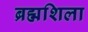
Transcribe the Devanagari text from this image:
ब्रह्मशिला